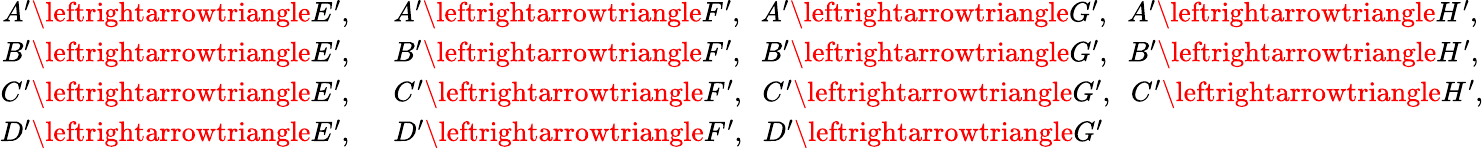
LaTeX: \begin{array}{rl}{A^{\prime}\leftrightarrowtriangle E^{\prime},}&{\; \; A^{\prime}\leftrightarrowtriangle F^{\prime},\; \; A^{\prime}\leftrightarrowtriangle G^{\prime},\; \; A^{\prime}\leftrightarrowtriangle H^{\prime},}\\ {B^{\prime}\leftrightarrowtriangle E^{\prime},}&{\; \; B^{\prime}\leftrightarrowtriangle F^{\prime},\; \; B^{\prime}\leftrightarrowtriangle G^{\prime},\; \; B^{\prime}\leftrightarrowtriangle H^{\prime},}\\ {C^{\prime}\leftrightarrowtriangle E^{\prime},}&{\; \; C^{\prime}\leftrightarrowtriangle F^{\prime},\; \; C^{\prime}\leftrightarrowtriangle G^{\prime},\; \; C^{\prime}\leftrightarrowtriangle H^{\prime},}\\ {D^{\prime}\leftrightarrowtriangle E^{\prime},}&{\; \; D^{\prime}\leftrightarrowtriangle F^{\prime},\; \; D^{\prime}\leftrightarrowtriangle G^{\prime}}\end{array}